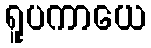
ရူပကာယေ